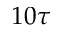
1 0 \tau